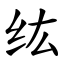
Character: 纮